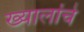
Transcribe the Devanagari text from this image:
ख्यालांचे